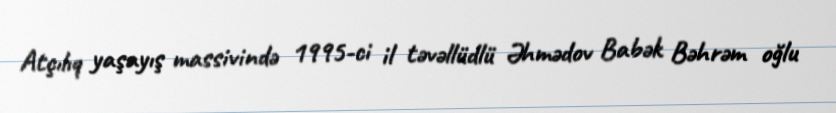
Atçılıq yaşayış massivində 1995-ci il təvəllüdlü Əhmədov Babək Bəhrəm oğlu